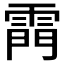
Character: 𮦗